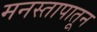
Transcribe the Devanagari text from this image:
मनस्तापातून